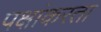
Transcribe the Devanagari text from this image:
पक्षांकरता